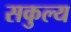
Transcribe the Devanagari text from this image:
सकुल्य